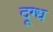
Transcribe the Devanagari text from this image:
दूग्ध